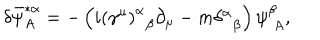
\delta \bar { \psi } _ { A } ^ { * \alpha } = - \left( i \left( \gamma ^ { \mu } \right) _ { \; \; \beta } ^ { \alpha } \partial _ { \mu } - m \delta _ { \; \; \beta } ^ { \alpha } \right) \psi _ { \; A } ^ { \beta } ,